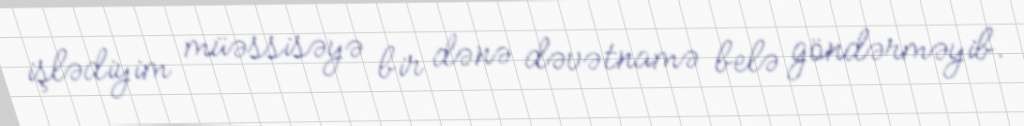
işlədiyim müəssisəyə bir dənə dəvətnamə belə göndərməyib.